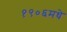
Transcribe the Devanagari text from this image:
१९०६मधे